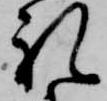
礼